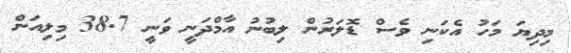
މިދިޔަ މަހު އެކަނި ވެސް ޑޮލަރުން ލިބުނު އާމްދަނީ ވަނީ 38.7 މިލިއަން